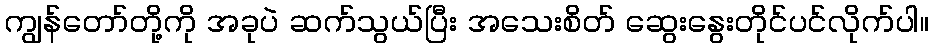
ကျွန်တော်တို့ကို အခုပဲ ဆက်သွယ်ပြီး အသေးစိတ် ဆွေးနွေးတိုင်ပင်လိုက်ပါ။